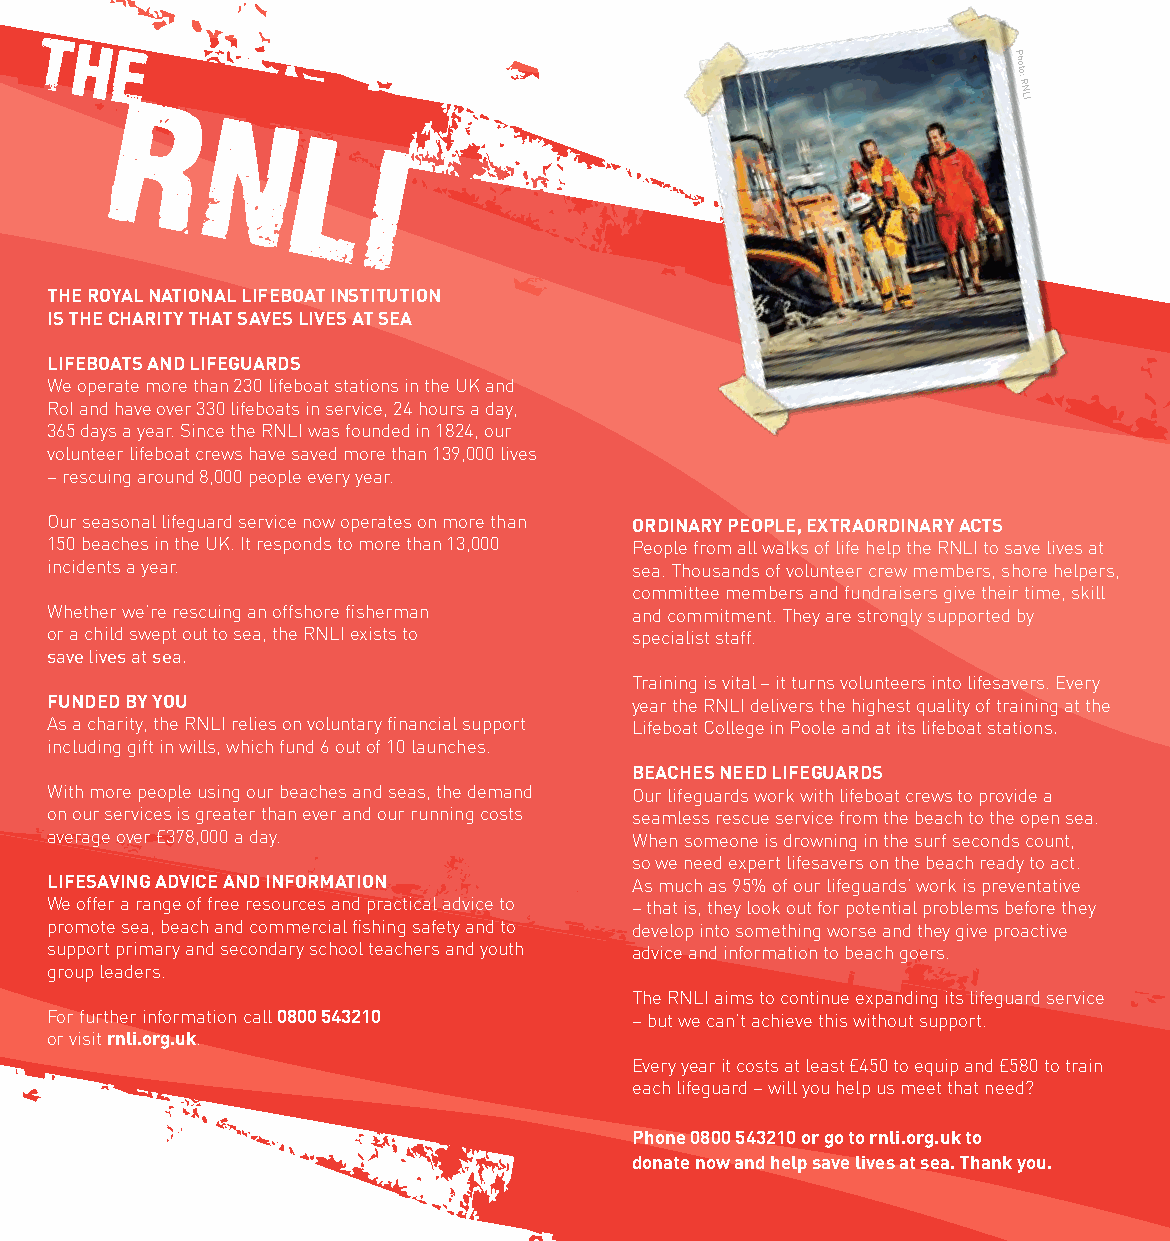
T
 HE
 Photo:
 RN
 LI
 R
 N
 L
 I
 THE ROYAL NATIONAL LIFEBOAT INSTITUTION
 IS THE CHARITY THAT SAvES LIvES AT SEA
 LIFEBOATS AND LIFEGUARDS
 We operate more than 230 lifeboat stations in the UK and
 RoI and have over 330 lifeboats in service, 24 hours a day,
 365 days a year. Since the RNLI was founded in 1824, our
 volunteer lifeboat crews have saved more than 139,000 lives
 – rescuing around 8,000 people every year.
 Our seasonal lifeguard service now operates on more than ORDINARY pEOpLE, ExTRAORDINARY ACTS
 150 beaches in the UK. It responds to more than 13,000 People from all walks of life help the RNLI to save lives at
 incidents a year.                      sea. Thousands of volunteer crew members, shore helpers,
 committee members and fundraisers give their time, skill
 Whether we’re rescuing an offshore fisherman and commitment. They are strongly supported by
 or a child swept out to sea, the RNLI exists to specialist staff.
 save lives at sea.
 Training is vital – it turns volunteers into lifesavers. Every
 FUNDED BY YOU                          year the RNLI delivers the highest quality of training at the
 As a charity, the RNLI relies on voluntary financial support Lifeboat College in Poole and at its lifeboat stations.
 including gift in wills, which fund 6 out of 10 launches.
 BEACHES NEED LIFEGUARDS
 With more people using our beaches and seas, the demand Our lifeguards work with lifeboat crews to provide a
 on our services is greater than ever and our running costs seamless rescue service from the beach to the open sea.
 average over £378,000 a day.           When someone is drowning in the surf seconds count,
 so we need expert lifesavers on the beach ready to act.
 LIFESAvING ADvICE AND INFORmATION      As much as 95% of our lifeguards’ work is preventative
 We offer a range of free resources and practical advice to – that is, they look out for potential problems before they
 promote sea, beach and commercial fishing safety and to develop into something worse and they give proactive
 support primary and secondary school teachers and youth advice and information to beach goers.
 group leaders.
 The RNLI aims to continue expanding its lifeguard service
 For further information call 0800 543210 – but we can’t achieve this without support.
 or visit rnli.org.uk.
 Every year it costs at least £450 to equip and £580 to train
 each lifeguard – will you help us meet that need?
 phone 0800 543210 or go to rnli.org.uk to
 donate now and help save lives at sea. Thank you.